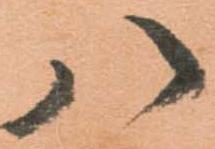
八